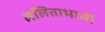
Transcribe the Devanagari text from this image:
ललिताभाभी